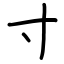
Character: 寸